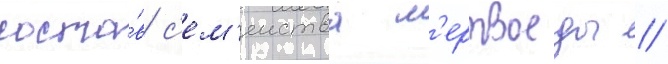
соста́в с'ем'еиства м'ертвоеды //